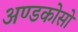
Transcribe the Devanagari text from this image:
अण्डकोसो